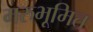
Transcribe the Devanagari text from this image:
मरुभूमित